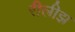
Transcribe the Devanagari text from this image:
रीलीझ